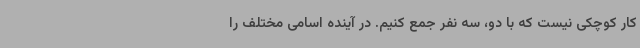
کار کوچکی نیست که با دو، سه نفر جمع کنیم. در آینده اسامی مختلف را